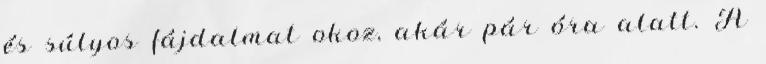
és súlyos fájdalmat okoz, akár pár óra alatt. A